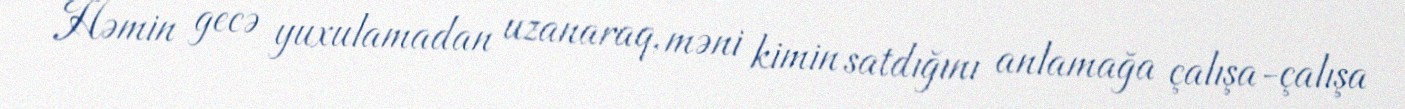
Həmin gecə yuxulamadan uzanaraq, məni kimin satdığını anlamağa çalışa-çalışa